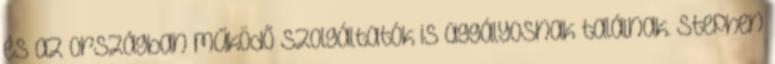
és az országban működő szolgáltatók is aggályosnak találnak. Stephen